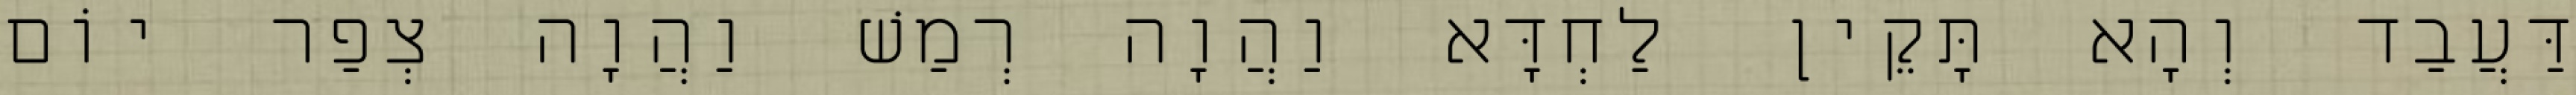
דַּעֲבַד וְהָא תָּקֵין לַחְדָּא וַהֲוָה רְמַשׁ וַהֲוָה צְפַר יוֹם